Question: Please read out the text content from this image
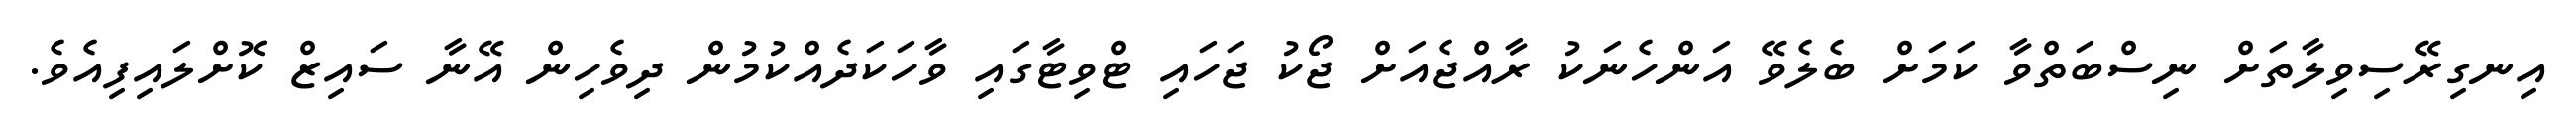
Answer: އިނގިރޭސިވިލާތަށް ނިސްބަތްވާ ކަމަށް ބެލެވޭ އަންހެނަކު ރާއްޖެއަށް ޖޯކު ޖަހައި ޓްވިޓާގައި ވާހަކަދެއްކުމުން ދިވެހިން އޭނާ ސައިޒް ކޮށްލައިފިއެވެ.